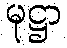
မုဋ္ဌာ